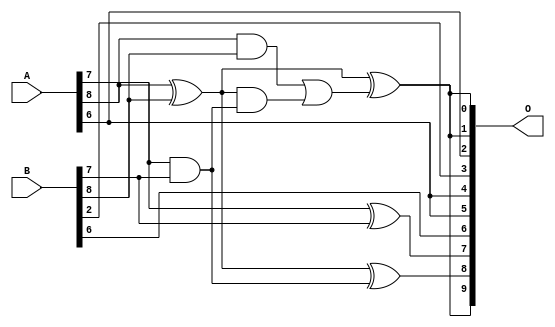
/***
* This code is a part of EvoApproxLib library (ehw.fit.vutbr.cz/approxlib) distributed under The MIT License.
* When used, please cite the following article(s): V. Mrazek, L. Sekanina, Z. Vasicek "Libraries of Approximate Circuits: Automated Design and Application in CNN Accelerators" IEEE Journal on Emerging and Selected Topics in Circuits and Systems, Vol 10, No 4, 2020 
* This file contains a circuit from a sub-set of pareto optimal circuits with respect to the pwr and wce parameters
***/
// MAE% = 12.32 %
// MAE = 63 
// WCE% = 26.17 %
// WCE = 134 
// WCRE% = 7400.00 %
// EP% = 99.92 %
// MRE% = 142.15 %
// MSE = 4705 
// PDK45_PWR = 0.0056 mW
// PDK45_AREA = 18.3 um2
// PDK45_DELAY = 0.17 ns

module add9se_0BB (
    A,
    B,
    O
);

input [8:0] A;
input [8:0] B;
output [9:0] O;

wire sig_50,sig_51,sig_55,sig_56,sig_57,sig_58,sig_59,sig_61;

assign sig_50 = A[7] ^ B[7];
assign sig_51 = A[7] & B[7];
assign sig_55 = A[8] ^ B[8];
assign sig_56 = A[8] & B[8];
assign sig_57 = sig_55 & sig_51;
assign sig_58 = sig_55 ^ sig_51;
assign sig_59 = sig_56 | sig_57;
assign sig_61 = sig_55 ^ sig_59;

assign O[9] = sig_61;
assign O[8] = sig_58;
assign O[7] = sig_50;
assign O[6] = B[6];
assign O[5] = A[6];
assign O[4] = A[6];
assign O[3] = B[2];
assign O[2] = A[6];
assign O[1] = sig_61;
assign O[0] = sig_61;

endmodule